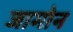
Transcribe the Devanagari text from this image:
जामोन